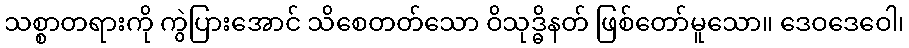
သစ္စာတရားကို ကွဲပြားအောင် သိစေတတ်သော ဝိသုဒ္ဓိနတ် ဖြစ်တော်မူသော။ ဒေဝဒေဝေါ၊